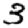
Digit: 3